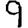
Digit: 9